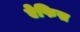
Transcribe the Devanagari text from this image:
ऐफिस